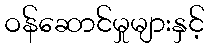
ဝန်ဆောင်မှုများနှင့်